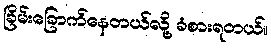
ခြိမ်းခြောက်နေတယ်လို့ ခံစားရတယ်။